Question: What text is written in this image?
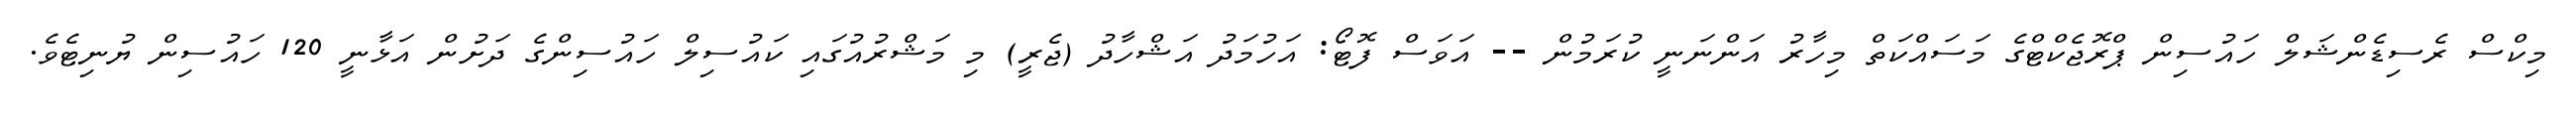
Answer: މިކްސް ރެސިޑެންޝަލް ހައުސިން ޕްރޮޖެކްޓްގެ މަސައްކަތް މިހާރު އަންނަނީ ކުރަމުން -- އަވަސް ފޮޓޯ: އަހުމަދު އަޝްހާދު (ޖެރީ) މި މަޝްރުއުގައި ކައުސިލް ހައުސިންގެ ދަށުން އަޅާނީ 120 ހައުސިން ޔުނިޓެވެ.